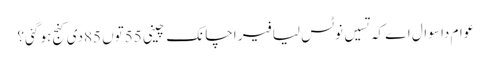
عوام دا سوال اے کہ تسیں نوٹس لیا فیر اچانک چینی 55توں 85دی کنج ہو گئی؟